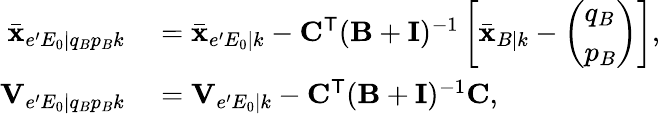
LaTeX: \begin{array}{rl}{\bar{\mathbf{x}}_{e^{\prime}E_{0}|q_{B}p_{B}k}}&{{}=\bar{\mathbf{x}}_{e^{\prime}E_{0}|k}-\mathbf{C}^{\mathsf{T}}(\mathbf{B}+\mathbf{I})^{-1}\left[\bar{\mathbf{x}}_{B|k}-\left(\begin{array}{l}{q_{B}}\\ {p_{B}}\end{array}\right)\right],}\\ {\mathbf{V}_{e^{\prime}E_{0}|q_{B}p_{B}k}}&{{}=\mathbf{V}_{e^{\prime}E_{0}|k}-\mathbf{C}^{\mathsf{T}}(\mathbf{B}+\mathbf{I})^{-1}\mathbf{C},}\end{array}